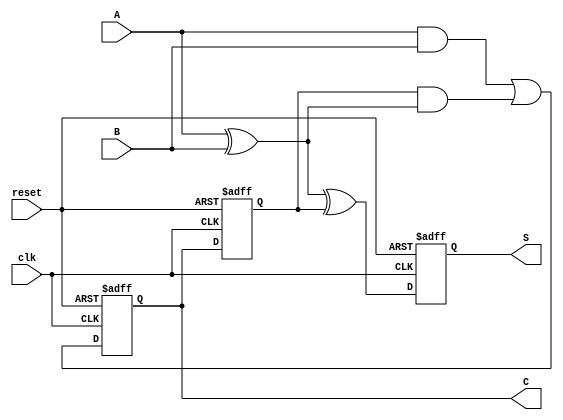
module sequential_half_adder (
    input wire A,          // First input bit
    input wire B,          // Second input bit
    input wire clk,        // Clock signal
    input wire reset,      // Reset signal
    output reg S,         // Sum output
    output reg C          // Carry output
);

    // Internal registers to hold the previous state of sum and carry
    reg prev_sum;         // Previous sum
    reg prev_carry;       // Previous carry

    // Sequential logic to update sum and carry on clock edge
    always @(posedge clk or posedge reset) begin
        if (reset) begin
            // Reset the state to zero
            S <= 1'b0;
            C <= 1'b0;
            prev_sum <= 1'b0;
            prev_carry <= 1'b0;
        end else begin
            // Calculate the new sum and carry
            S <= A ^ B ^ prev_carry; // Current sum
            C <= (A & B) | (prev_carry & (A ^ B)); // Current carry

            // Update previous state
            prev_sum <= S;
            prev_carry <= C;
        end
    end

endmodule